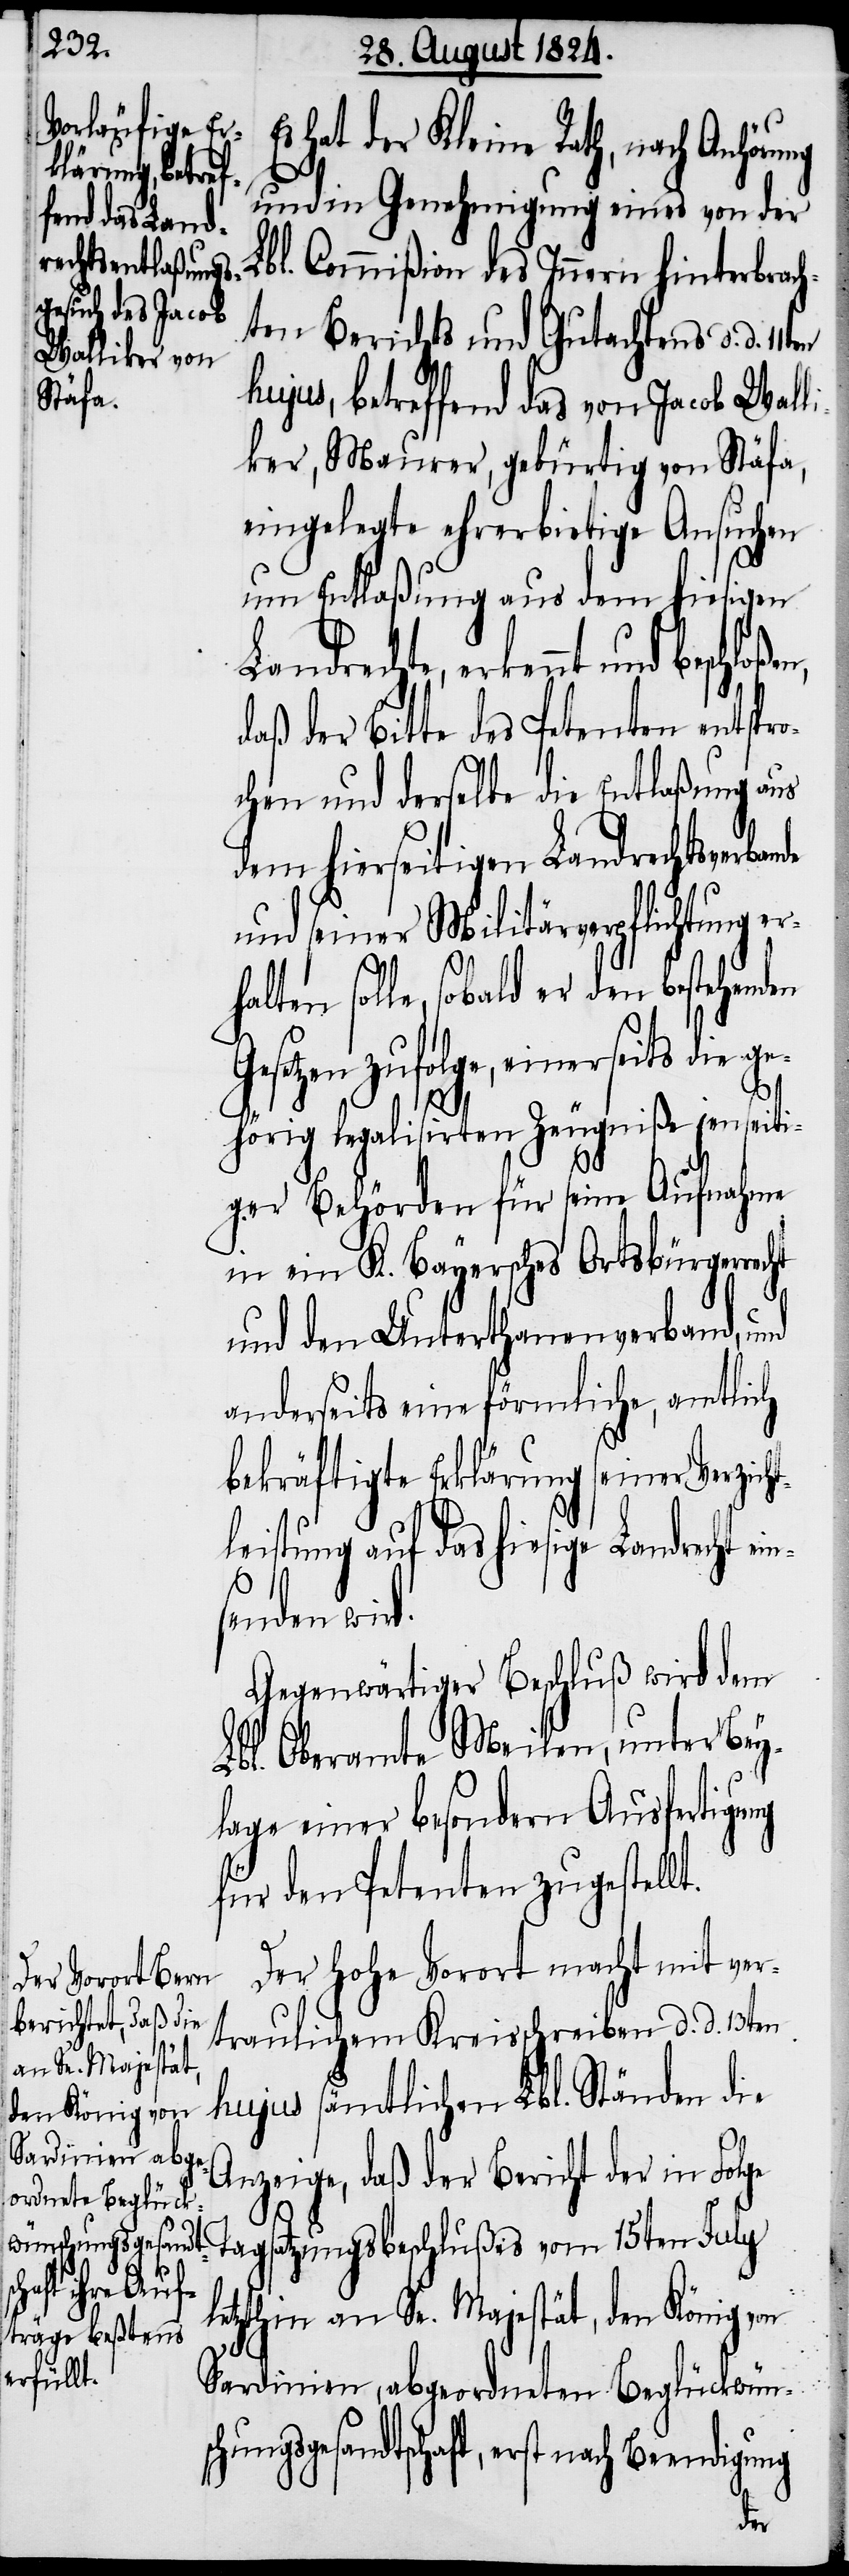
halten sol¬

hat der Kleine Rath, nach Anhör¬
und in Genehmigung eines von der
Lbl. Commißion des Innern hinterbrach¬
ten Berichts und Gutachtens d. d.
hujus, betreffend das von Jacob Wall¬
iker, Maurer, gebürtig von Stäfa,
eingelegte ehrerbietige Ansuchen
um Entlaßung aus dem hiesigen
Landrechte, erkennt und
daß der Bitte des Petenten entspro¬
chen und derselbe die Entlaßung aus
dem hierseitigen Landrechtsverban¬
und seiner Militärverpflichtung er¬
le, sobald er den bestehenden
setzen zufolge, einerseits die
gehörig legalisirten Zeugniße jenseiti¬
ger Behörden für seine Aufnahme
in ein K. Bayersches Ortsbürgerre¬
und den Unterthanenverband, und
anderseits eine förmliche, amtlich
cht
bekräftigte Erklärung seiner Verzich¬
tleistung auf das hiesige Landrecht ei¬
senden wir¬
Gegenwärtiger Beschluß wird dem
Lbl. Oberamte Meilen, unter Bey¬
lage einer besondern Ausfertigung
für den Petenten zugestellt.
Der Hohe Vorort macht mit ver¬
traulichem Kreisschreiben d. d. 13ten
hujus sämtlichen Lbl. Ständen die
Anzeige, daß der Bericht der in Folge
Tagsatzungsbeschlußes vom 15ten July
letzthin an Se. Majestät, den König von
Sardinien, abgeordneten Beglückwüns¬
chungsgesandtschaft, erst nach Beendigu¬
ng